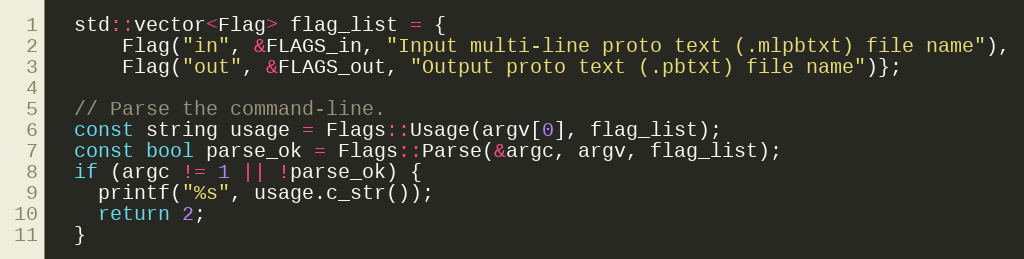
Language: C++
  std::vector<Flag> flag_list = {
      Flag("in", &FLAGS_in, "Input multi-line proto text (.mlpbtxt) file name"),
      Flag("out", &FLAGS_out, "Output proto text (.pbtxt) file name")};

  // Parse the command-line.
  const string usage = Flags::Usage(argv[0], flag_list);
  const bool parse_ok = Flags::Parse(&argc, argv, flag_list);
  if (argc != 1 || !parse_ok) {
    printf("%s", usage.c_str());
    return 2;
  }